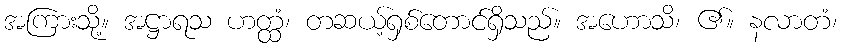
အကြားသို့။ အဋ္ဌာရသ ဟတ္ထံ၊ တဆယ့်ရှစ်တောင်ရှိသည်။ အဟောသိ၊ ၏။ နလာတံ၊